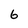
Character: 6